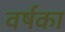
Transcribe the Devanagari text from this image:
वर्षका